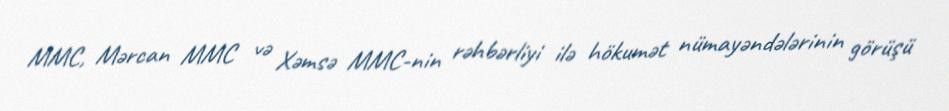
MMC, Mərcan MMC və Xəmsə MMC-nin rəhbərliyi ilə hökumət nümayəndələrinin görüşü